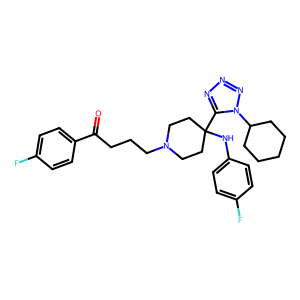
SMILES: O=C(CCCN1CCC(Nc2ccc(F)cc2)(c2nnnn2C2CCCCC2)CC1)c1ccc(F)cc1
Inhibits HIV replication: No